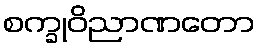
စက္ခုဝိညာဏတော